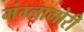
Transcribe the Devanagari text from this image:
मंग्लागोरी